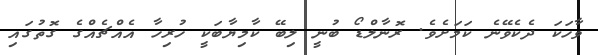
ވާހަކަ ދެކެވޭނެ ކަމަށެވެ. ރޮނާލްޑޯ ބުނީ ލިބޭ ކާމިޔާބަކީ ހުރިހާ އެއްޗެއްގެ ގޮތުގައި